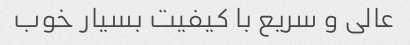
عالی و سریع با کیفیت بسیار خوب